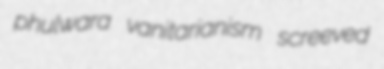
phulwara vanitarianism screeved